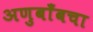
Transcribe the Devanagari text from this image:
अणुबाँबचा